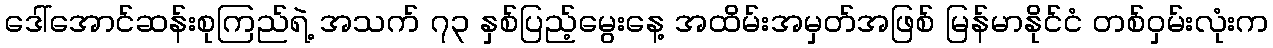
ဒေါ်အောင်ဆန်းစုကြည်ရဲ့ အသက် ၇၃ နှစ်ပြည့်မွေးနေ့ အထိမ်းအမှတ်အဖြစ် မြန်မာနိုင်ငံ တစ်ဝှမ်းလုံးက